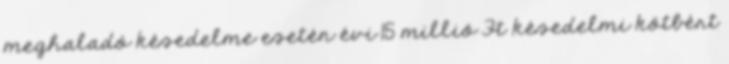
meghaladó késedelme esetén évi 15 millió Ft késedelmi kötbért